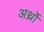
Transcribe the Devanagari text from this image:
अर्थ्रो